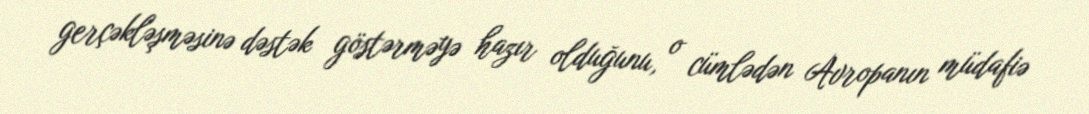
gerçəkləşməsinə dəstək göstərməyə hazır olduğunu, o cümlədən Avropanın müdafiə